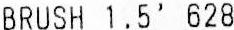
BRUSH 1.5' 628